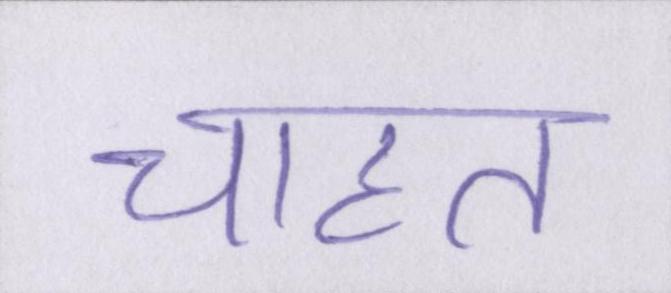
चाहत